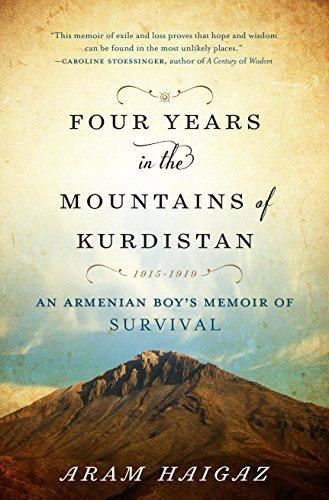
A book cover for Four Years in the Mountains of Kurdistan: An Armenian Boy's Memoir of Survival; Aram Haigaz; Biographies & Memoirs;